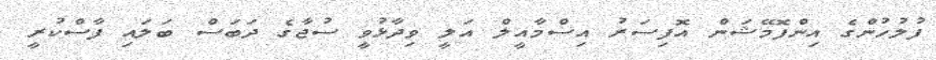
ފުލުހުންގެ އިންފޮމޭޝަން އޮފިސަރު އިސްމާއީލް އަލީ ވިދާޅުވީ ސުޖާގެ ދަބަސް ބަލައި ފާސްކުރީ